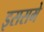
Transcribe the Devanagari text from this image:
इससमे